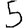
Digit: 5